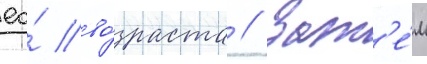
ео́ во́зраста // Зат'е́м